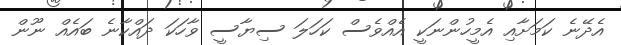
އެދޭނެ ކަމަށާއި އެމީހުންނަކީ އެއްވެސް ކަހަލަ ސިޔާސީ ވާހަކަ ދައްކާނެ ބައެއް ނޫން